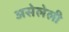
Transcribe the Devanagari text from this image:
असेलेली